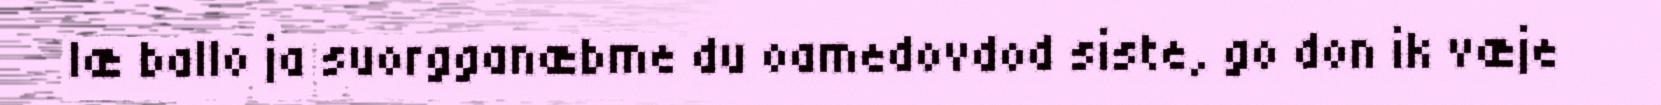
læ ballo ja suorgganæbme du oamedovdod siste, go don ik væje